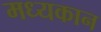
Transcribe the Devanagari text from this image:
मध्यकान